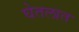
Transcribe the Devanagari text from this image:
घेतलात